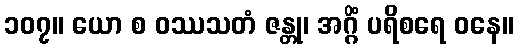
၁၀၇။ ယော စ ဝဿသတံ ဇန္တု၊ အဂ္ဂိံ ပရိစရေ ဝနေ။